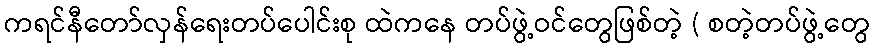
ကရင်နီတော်လှန်ရေးတပ်ပေါင်းစု ထဲကနေ တပ်ဖွဲ့ဝင်တွေဖြစ်တဲ့ ( စတဲ့တပ်ဖွဲ့တွေ